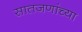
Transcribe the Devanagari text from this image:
सातजणांच्या